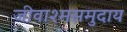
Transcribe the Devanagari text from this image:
जीवाश्मसमुदाय